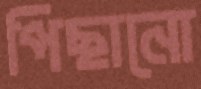
পিছানো